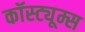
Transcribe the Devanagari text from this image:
कॉस्ट्यूम्स